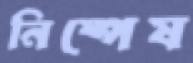
নিষ্পেষ